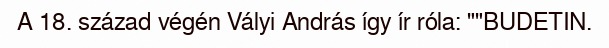
A 18. század végén Vályi András így ír róla: ""BUDETIN.